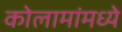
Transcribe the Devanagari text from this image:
कोलामांमध्ये